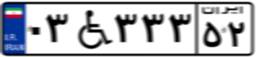
۰۳W۳۳۳۵۲